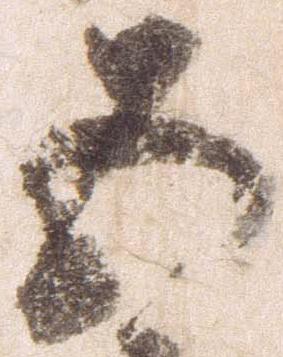
五